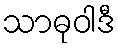
သာဓုဝါဒီ